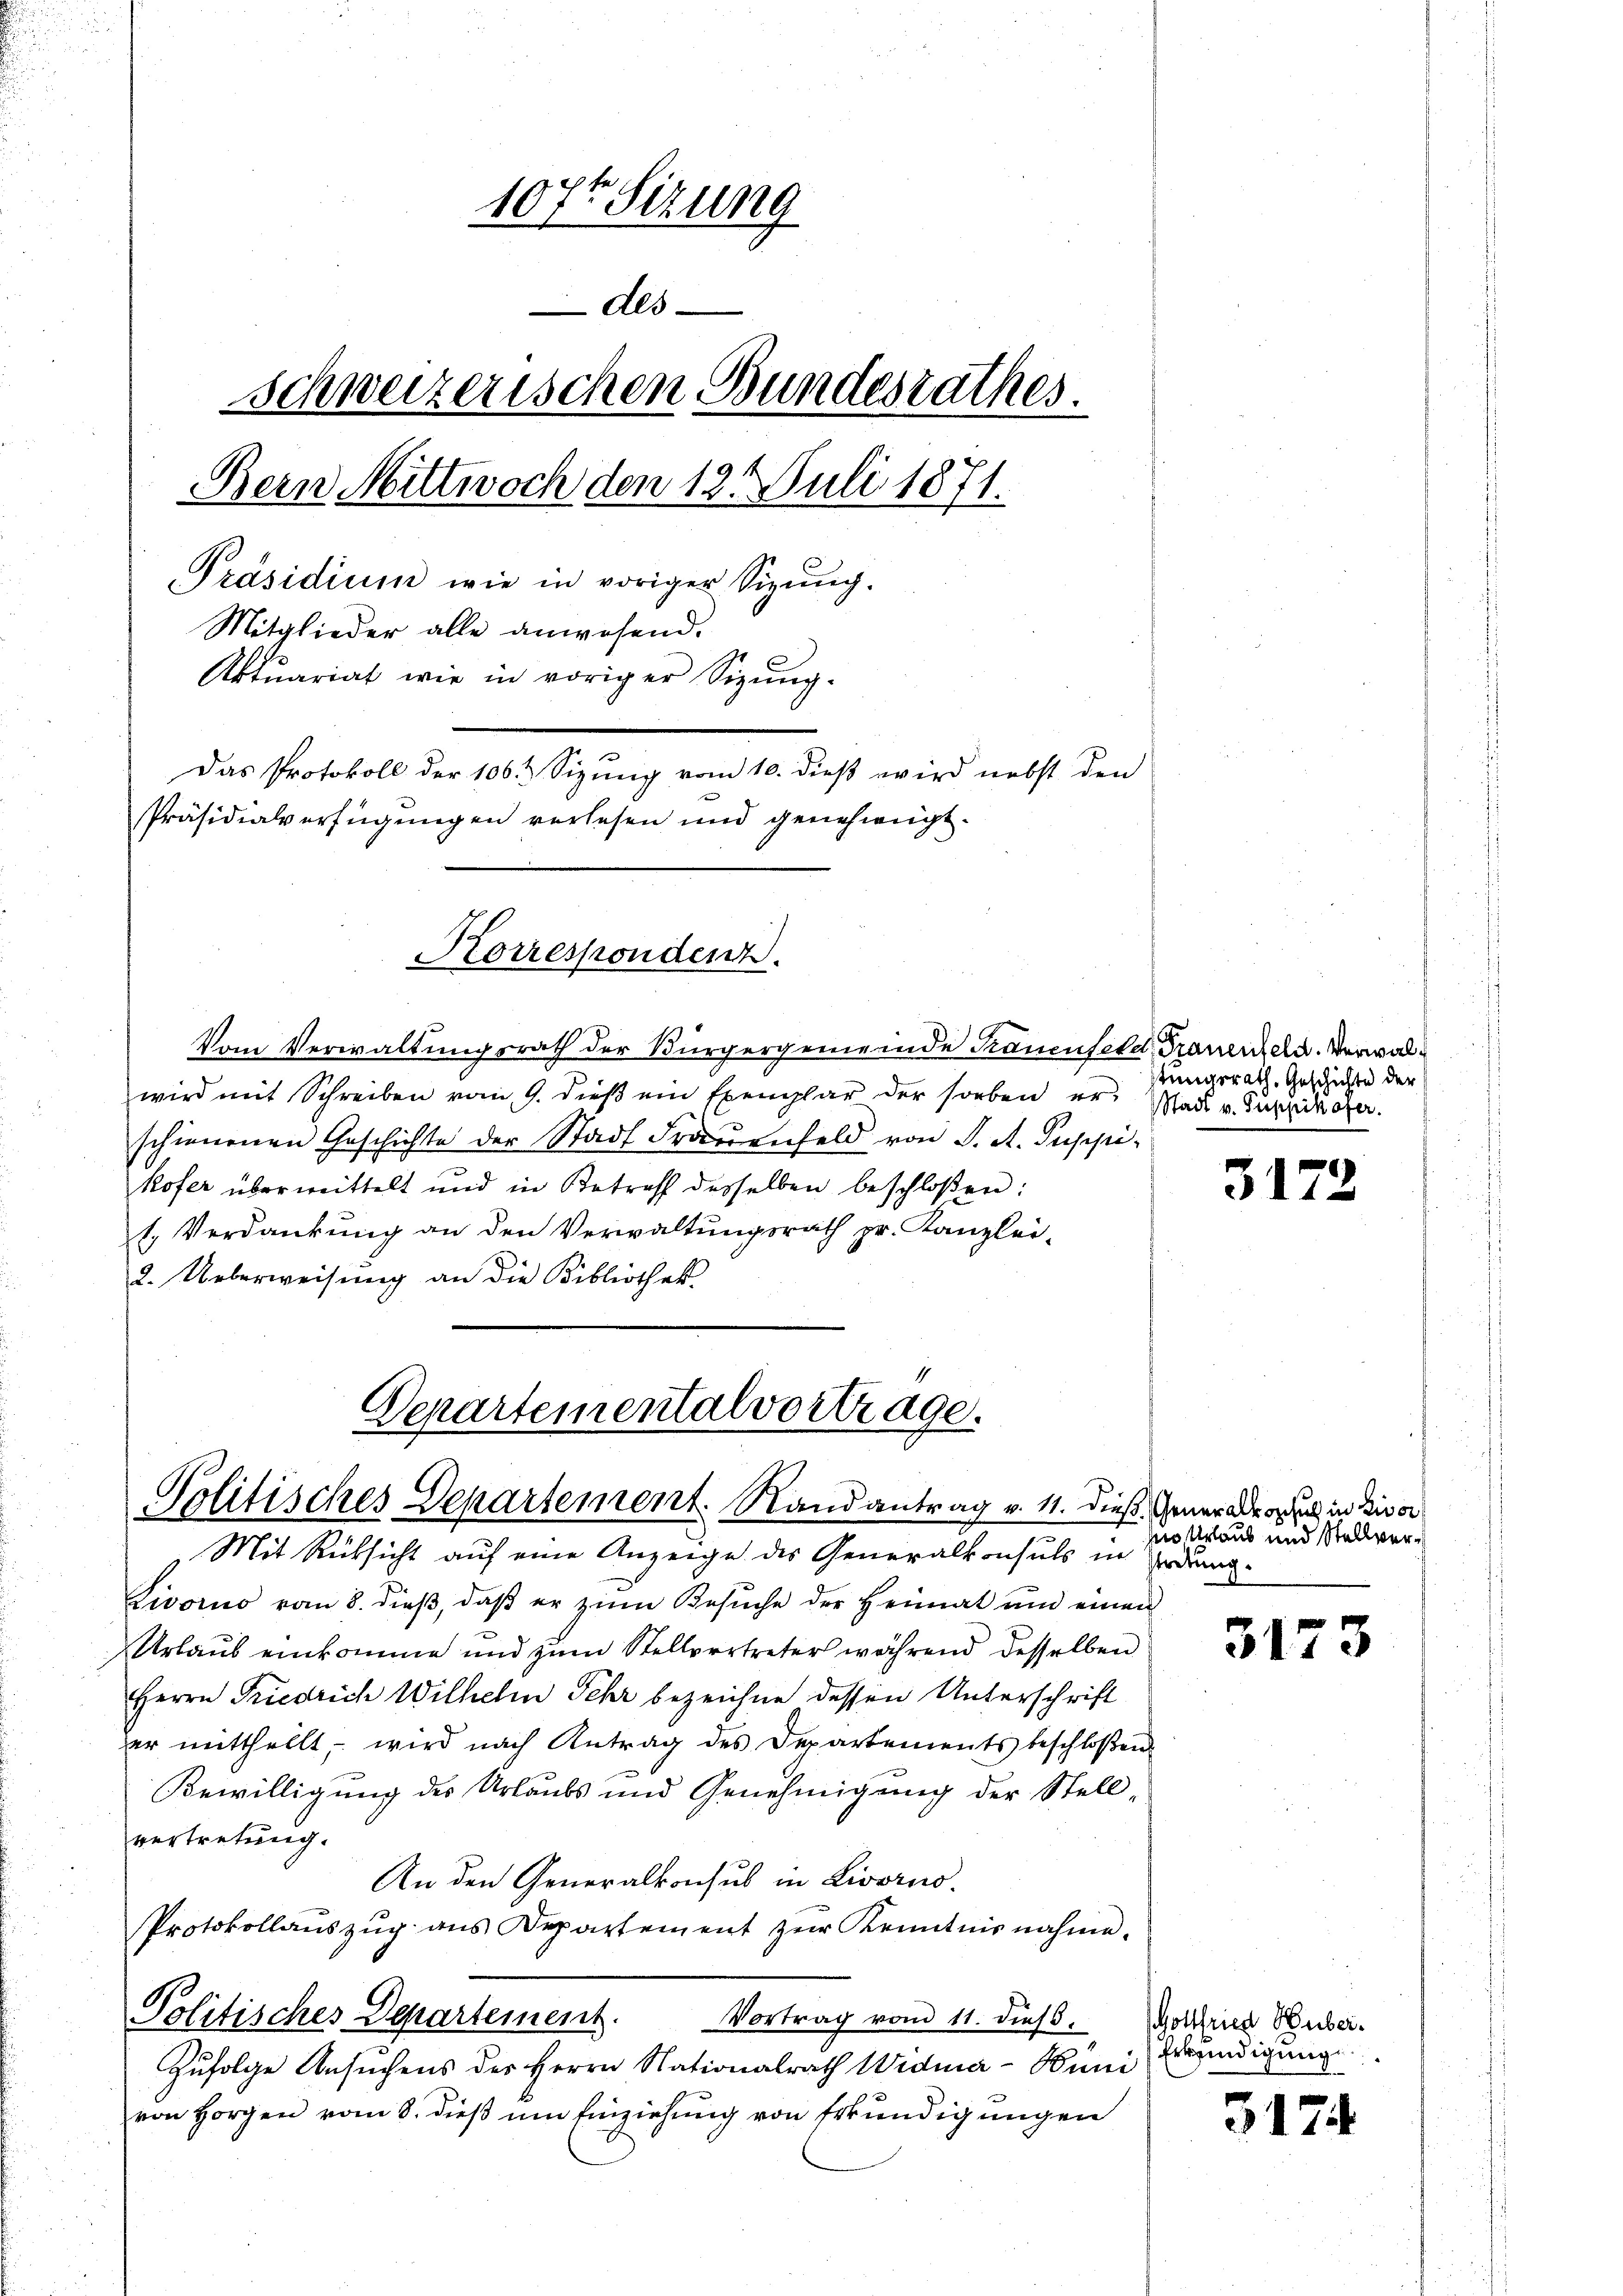
107ten Sizung
Als
schweizerischen Bundesrathes.
Bern Mittwoch den 12. Juli 1871.
Präsidium wie in voriger Sigŭng.
Mitglieder alle anwesend.
Aktuariat wie in voriger Sizŭng-
Das Protokoll der 106. Sizung vom 10. dieß wird nebst den
Präsidialverfügungen verlesen und genehmigt.

Korrespondenz.

Vom Verwaltungsrath der Bürgergemeinde Trauenfeld, Trauenzeln. Verwalwird mit Schreiben vom 9. dieβ ein Exemplar der soeben er Mad. v. Pupikofer.
schienenen Geschichte der Stadt Frauenfeld von S. A. Puppi
kofer überwittelt und in Betreff desselben beschloßen:
1. Verdankung an den Verwaltungsrath pr. Kanzlei-
2. Ueberweisung an die Bibliothek

Departementalvortrage.
Politisches Departement. Stand antrag v. 11. dieß Generade in Divor
Mit Rüksicht auf eine Anzeige des Generalkonsuls in Erdung

Livorno vom 8. dieβ, daβ er zŭm Besŭche der Heimat um einen
Urlaub einkomme und zum Stellvertreter während desselben
Herrn Friedrich Wilhelm Sehr bezeichne dessen Unterschrift
er mittheilt, wird nach Antrag des Departements beschloßen
Bewilligung des Urlaubs und Genehmigung der Stellvertretung.
An den Generalkonsul in Livorno.
Protokollaŭszŭg ans Departement zŭr Kenntnisnahme.
Politisches Departement.
Vortrag vom 11. dieß. Gottfried Huber-
Zufolge Ansuchens des Herrn Nationalrath Widma-Büni
von Horgen vom 8. dieß um Einziehung von Erkundigungen

stungsrath. Geschichte der

3173

mo Urlaub und Stellver¬

3173

Erkindigung

317